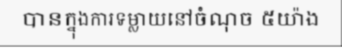
បានក្នុងការទម្លាយនៅចំណុច ៥យ៉ាង